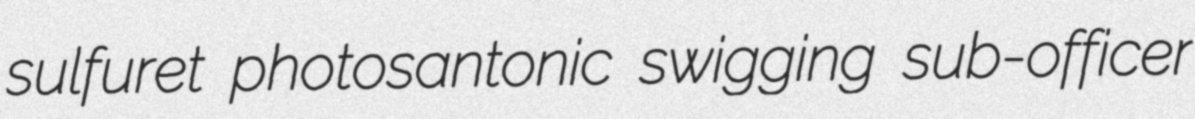
sulfuret photosantonic swigging sub-officer